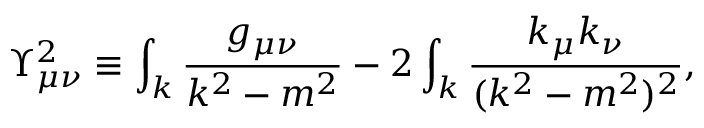
\Upsilon _ { \mu \nu } ^ { 2 } \equiv \int _ { k } \frac { g _ { \mu \nu } } { k ^ { 2 } - m ^ { 2 } } - 2 \int _ { k } \frac { k _ { \mu } k _ { \nu } } { ( k ^ { 2 } - m ^ { 2 } ) ^ { 2 } } ,